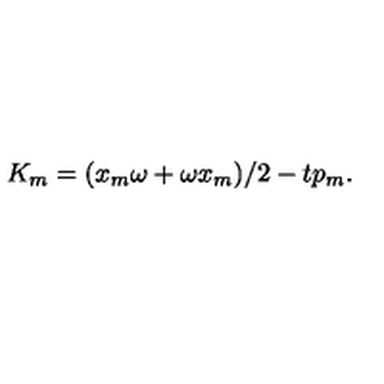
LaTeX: K _ { m } = ( x _ { m } \omega + \omega x _ { m } ) / 2 - t p _ { m } .